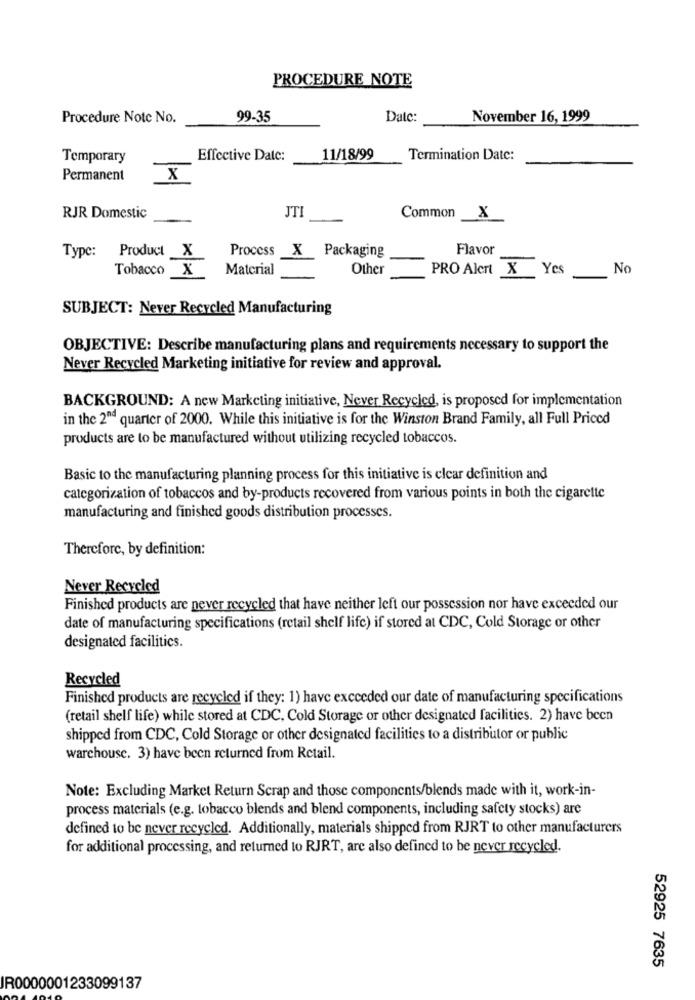
PROCEDURE NOTE
Procedure Notc No.
99-35
Date:
November 16, 1999
Temporary
Effective Date:
11/18/99
Termination Date:
Permanent
X
RJR Domestic
JTI
Common
x
Type: Product X
Flavor
Process X Packaging
Tobacco X
Material
Other
PRO Alert X Yes
No
SUBJECT: Never Recycled Manufacturing
OBJECTIVE: Describe manufacturing plans and requirements necessary to support the
Never Recycled Marketing initiative for review and approval.
BACKGROUND: A new Marketing initiative, Never Recycled, is proposed for implementation
in the 2nd quarter of 2000. While this initiative is for the Winston Brand Family, all Full Priced
products are to be manufactured without utilizing recycled tobaccos.
Basic to the manufacturing planning process for this initiative is clear definition and
categorization of tobaccos and by-products recovered from various points in both the cigarette
manufacturing and finished goods distribution processes.
Therefore, by definition:
Never Recycled
Finished products are never recycled that have neither left our possession nor have exceeded our
date of manufacturing specifications (retail shelf life) if stored at CDC, Cold Storage or other
designated facilitics.
Recycled
Finished products are recycled if they: 1) have exceeded our date of manufacturing specifications
(retail shelf life) while stored at CDC, Cold Storage or other designated facilities. 2) have been
shipped from CDC, Cold Storage or other designated facilities to a distributor or public
warehouse. 3) have been returned from Retail.
Note: Excluding Market Return Scrap and those components/blends made with it, work-in-
process materials (e.g. tobacco blends and blend components, including safety stocks) are
defined to be never recycled. Additionally, materials shipped from RJRT to other manufacturers
for additional processing, and returned to RJRT, are also defined to be never recycled.
52925 7635
IR0000001233099137